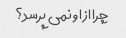
چرا از او نمی پرسد؟